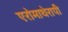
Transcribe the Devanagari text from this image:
एरोमाथेरापी